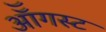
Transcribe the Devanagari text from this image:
ऑॅगस्ट